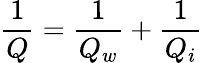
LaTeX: \frac{1}{Q}=\frac{1}{Q_{w}}+\frac{1}{Q_{i}}